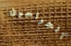
الجراحين